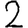
Digit: 2